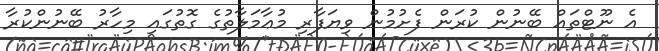
އެ ނޫޓްތައް ބޭނުން ކުރަން ފެށުމުން ވިޔަފާރި މުޢާމަލާތުގެ ގޮތުގައި މިހާރު ބޭނުންކުރާ